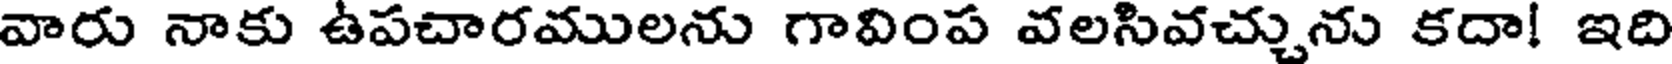
వారు నాకు ఉపచారములను గావింప వలసివచ్చును కదా! ఇది